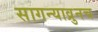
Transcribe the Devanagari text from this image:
सागन्याव्रुनच